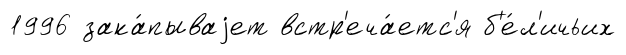
1996 зака́пываjет встр'еча́етс'я б'е́л'ичьих